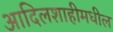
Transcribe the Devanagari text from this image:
आदिलशाहीमधील